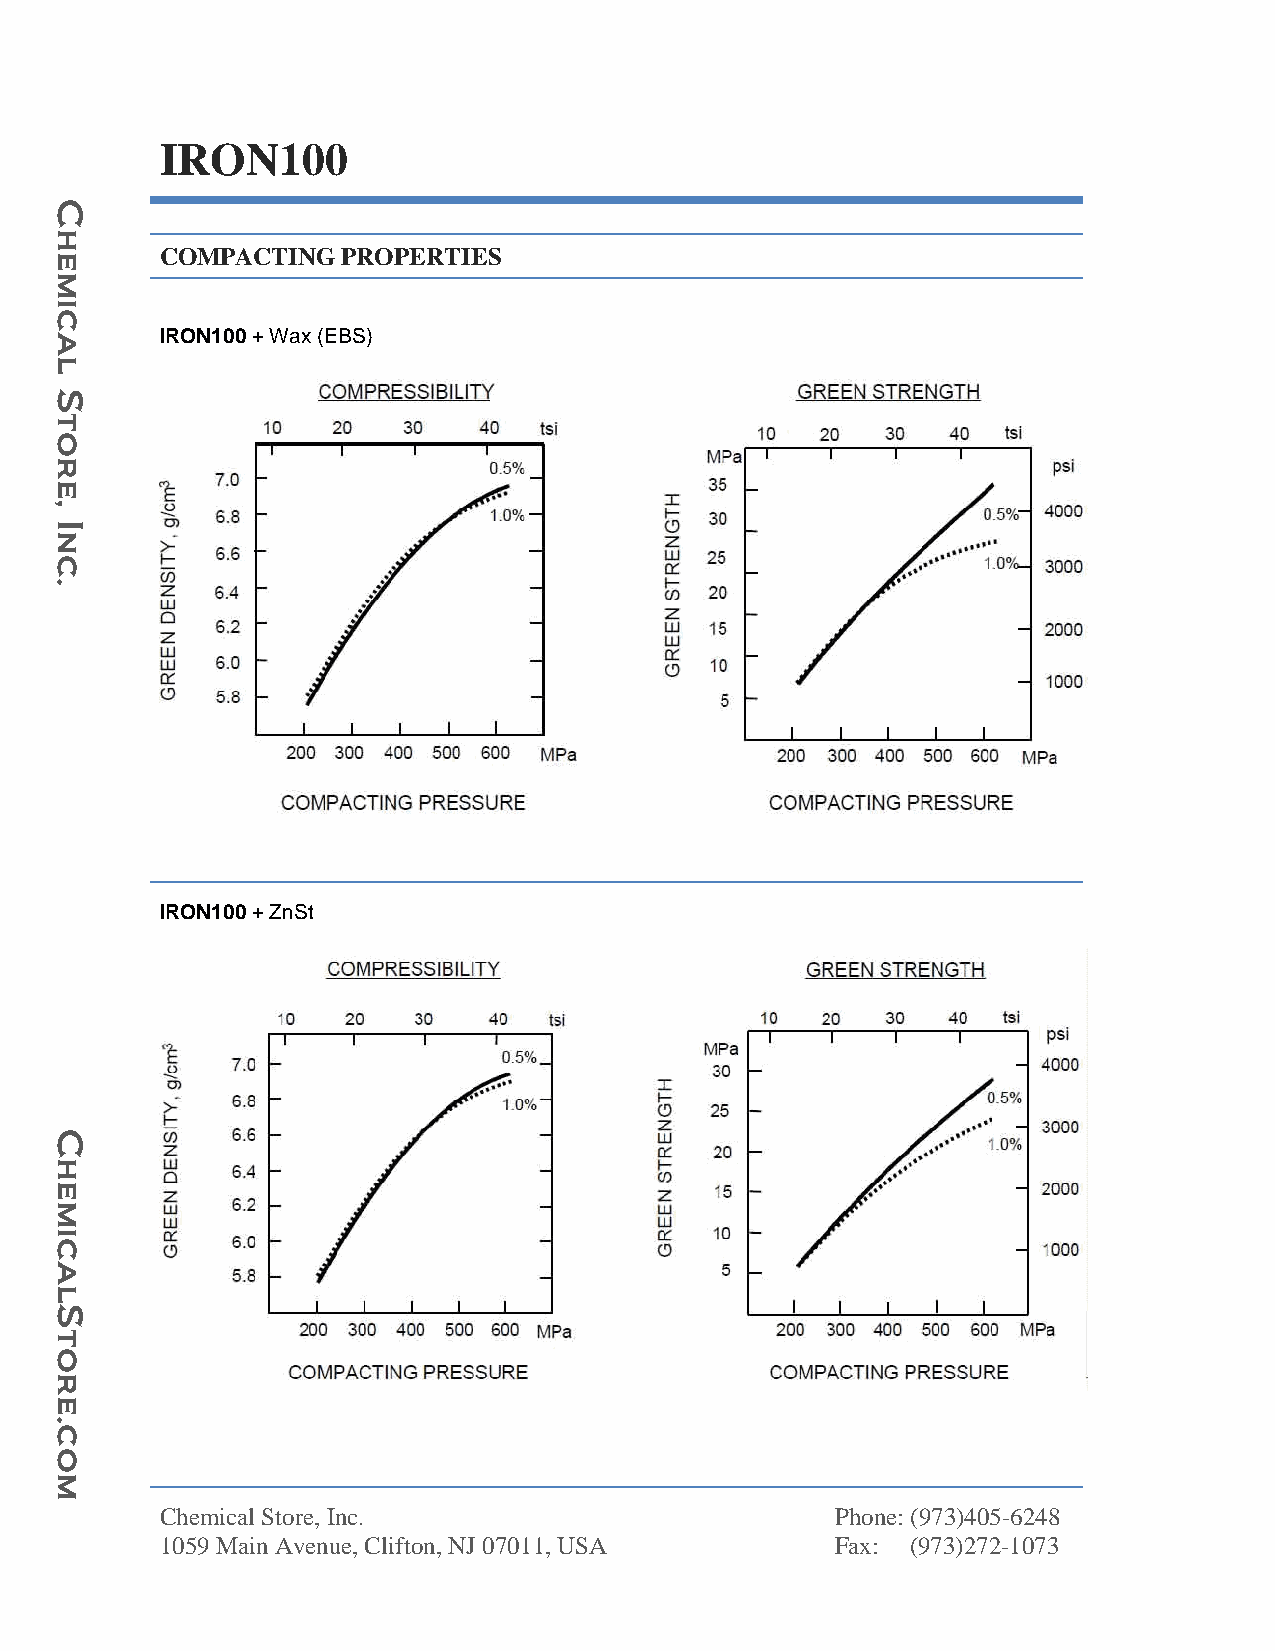
IRON100
 C
 h
 e      COMPACTING  PROPERTIES
 m
 ci
 a      IRON100 + Wax (EBS)
 l
 S
 t
 o
 r
 e
 ,
 I
 n
 c
 .
 IRON100 + ZnSt
 C
 h
 e
 m
 i
 c
 a
 l
 S
 t
 o
 r
 e
 c.
 o
 m
 Chemical Store, Inc.                        Phone: (973)405-6248
 1059 Main Avenue, Clifton, NJ 07011, USA    Fax: (973)272-1073